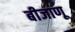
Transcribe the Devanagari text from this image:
बीजाणू